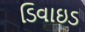
ડિવાઇડ